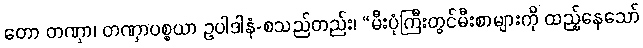
တော တဏှာ၊ တဏှာပစ္စယာ ဥပါဒါနံ-စသည်တည်း၊ “မီးပုံကြီးတွင်မီးစာများကို ထည့်နေသော်